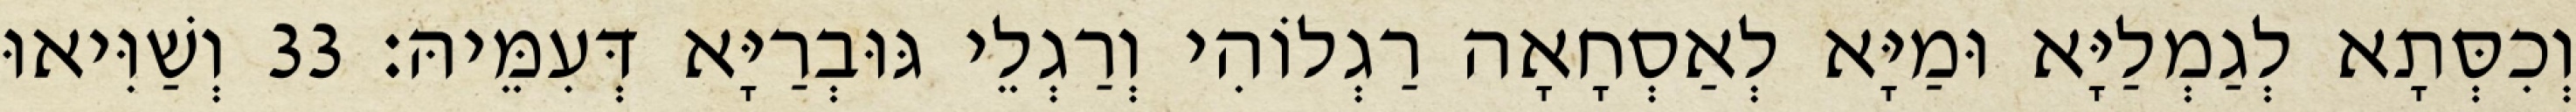
וְכִסְּתָא לְגַמְלַיָּא וּמַיָּא לְאַסְחָאָה רַגְלוֹהִי וְרַגְלֵי גּוּבְרַיָּא דְּעִמֵּיהּ׃ 33 וְשַׁוִּיאוּ